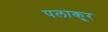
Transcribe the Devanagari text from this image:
पलाकूर